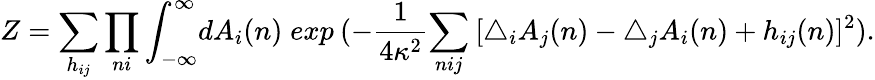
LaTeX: Z=\sum_{h_{ij}}\prod_{ni}\int_{-\infty}^{\infty}\! dA_{i}(n)\; exp\: (-\frac{1}{4\kappa^{2}}{\sum_{nij}\: [\bigtriangleup_{i}A_{j}(n)-\bigtriangleup_{j}A_{i}(n)+h_{ij}(n)]^{2}}).